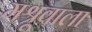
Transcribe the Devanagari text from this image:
मश्रूवाला